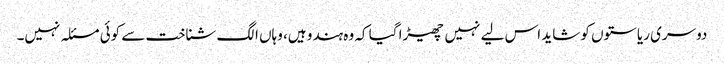
دوسری ریاستوں کو شاید اس لیے نہیں چھیڑا گیا کہ وہ ہندو ہیں، وہاں الگ شناخت سے کوئی مسئلہ نہیں۔